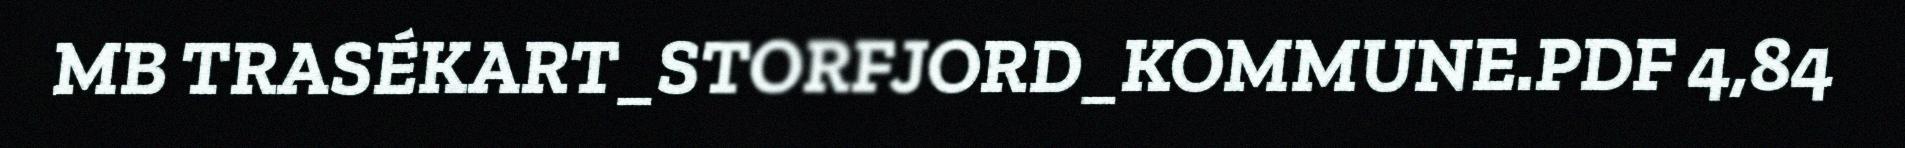
MB TRASÉKART_STORFJORD_KOMMUNE.PDF 4,84